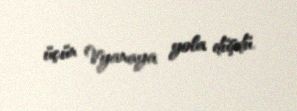
üçün Vyanaya yola düşdü.